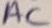
Text: AC